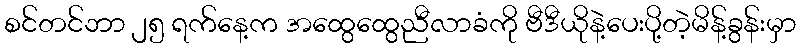
စင်တင်ဘာ ၂၅ ရက်နေ့က အထွေထွေညီလာခံကို ဗီဒီယိုနဲ့ပေးပို့တဲ့မိန့်ခွန်းမှာ